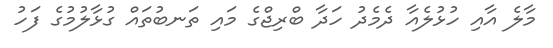
މާލެ އާއި ހުޅުލެއާ ދެމެދު ހަދާ ބްރިޖްގެ މައި ތަނބުތައް ގުޅާލުމުގެ ފަހު